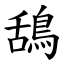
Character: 鴰